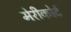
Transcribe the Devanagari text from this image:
मेरीकोर्ट